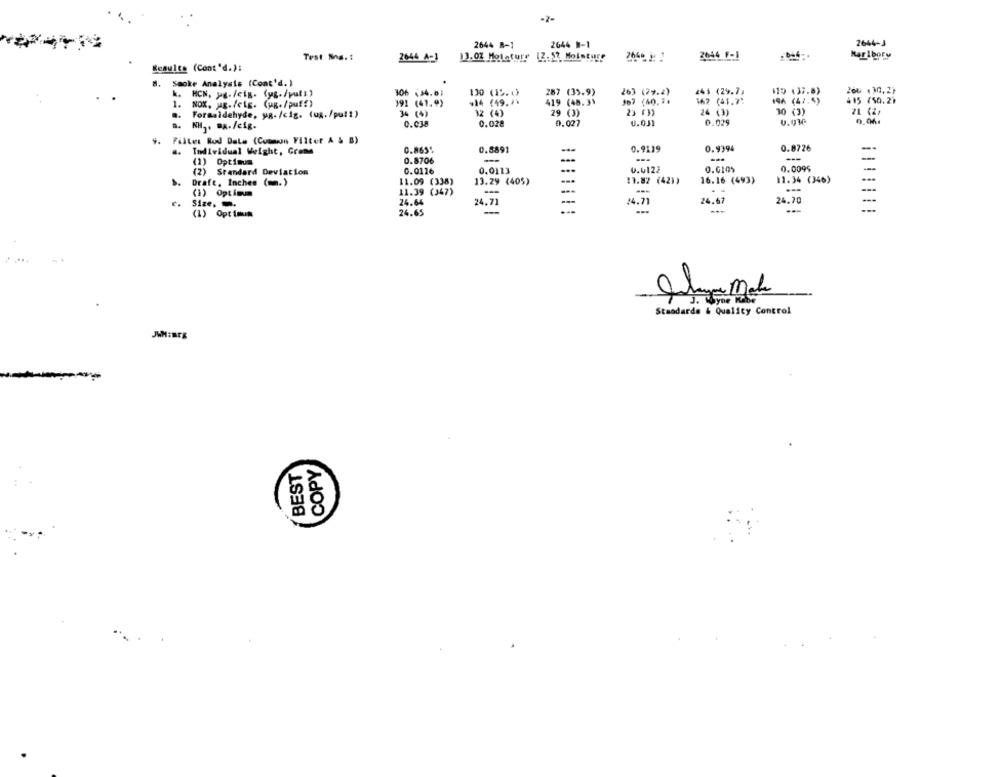
-7-
2644 B-1
2644 1-1
2644-J
2044 F-1
Haribory
Test Sng .:
2644 API
13.02 Motature 12.5? Moisture
Results (Cont'd.):
8.
Smoke Analysis (Cont'd. )
k.
HCN, ME. Feig. (yg./pull)
306 (34.01
130 (15.0)
287 (35.9)
263 (79.2)
243 (29.7,
$10 (37.5)
2ou ( 30,2)
#14 (49. 7\
419 (48.3)
507 (60.7.
162 (41.7:
196 (47.4)
415 (50.2)
1.
NOX, ug./elg. (ug./puff)
191 (41.9)
..
Formaldehyde, yg./cig. (ug./putt)
34 (4)
32 (4)
29 (3)
23 63
24 (3)
30 (3)
n.
0.038
0.028
0.027
0.031
0.029
0.030
0.06.
NHJ. A./cig.
9.
Filler Rod Dale (Common Filter & & B)
0.8891
0.9119
0.9394
0.8726
Individual Weight, Grond
0.865
---
(1) Optimum
0.8706
---
(2) Standard Deviation
0.0116
0.0113
...
0.0122
0.0095
--
...
13.82 (42))
16.16 (493)
11.34 (346)
Draft, Inches (m.)
11.09 (338)
13.29 (405)
(1) Optimum
11.39 (347)
-
---
Size. .
24.64
24,71
24.71
24.67
24.70
---
(1) Optimum
24.65
Standarde & Quality Control
JWH:BEE
COPY
BEST